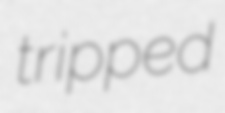
tripped